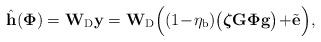
LaTeX: \begin{align*}\hat{\mathbf{h}}(\mathbf{\Phi})&=\mathbf{W}_{\rm D}\mathbf{y}=\mathbf{W}_{\rm D}\Big((1\!-\!\eta_{\rm b})\big(\boldsymbol{\zeta}\mathbf{G}\mathbf{\Phi}\mathbf{g}\big)\!+\!\tilde{\mathbf{e}}\Big),\end{align*}